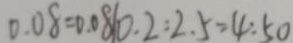
0 . 0 8 = 0 . 0 8 1 0 . 2 : 2 . 5 = 4 : 5 0